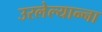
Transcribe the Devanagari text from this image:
उरलेल्यान्ना